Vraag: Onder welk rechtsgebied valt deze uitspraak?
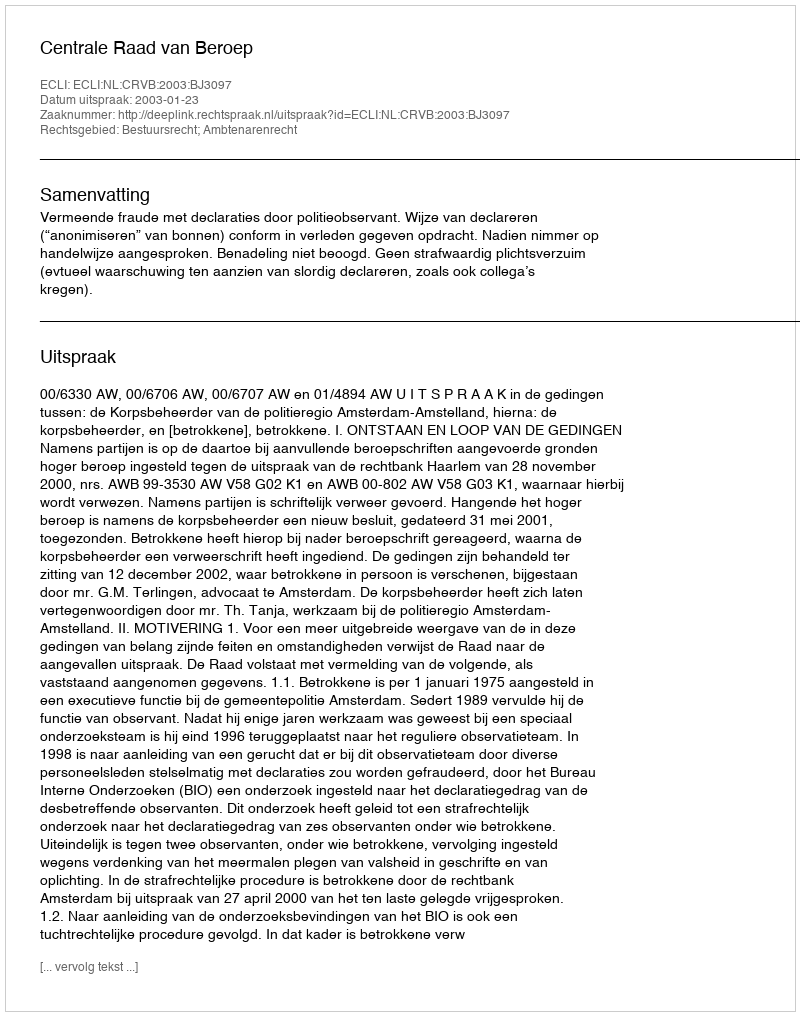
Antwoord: Bestuursrecht; Ambtenarenrecht